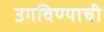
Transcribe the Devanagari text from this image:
उगविण्याची